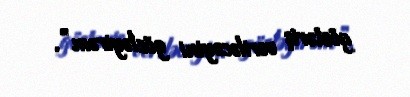
göstəriş veriləcəyini gözləyirəm”.